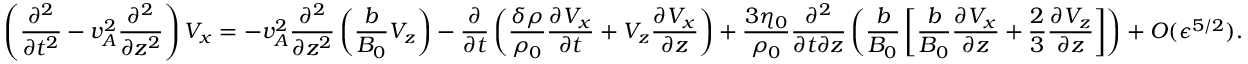
\left( \frac { \partial ^ { 2 } } { \partial t ^ { 2 } } - v _ { A } ^ { 2 } \frac { \partial ^ { 2 } } { \partial z ^ { 2 } } \right) V _ { x } = - v _ { A } ^ { 2 } \frac { \partial ^ { 2 } } { \partial z ^ { 2 } } \left( \frac { b } { B _ { 0 } } V _ { z } \right) - \frac { \partial } { \partial t } \left( \frac { \delta \rho } { \rho _ { 0 } } \frac { \partial V _ { x } } { \partial t } + V _ { z } \frac { \partial V _ { x } } { \partial z } \right) + \frac { 3 \eta _ { 0 } } { \rho _ { 0 } } \frac { \partial ^ { 2 } } { \partial t \partial z } \left( \frac { b } { B _ { 0 } } \left[ \frac { b } { B _ { 0 } } \frac { \partial V _ { x } } { \partial z } + \frac { 2 } { 3 } \frac { \partial V _ { z } } { \partial z } \right] \right) + O ( \epsilon ^ { 5 / 2 } ) .